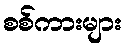
စစ်ကားများ